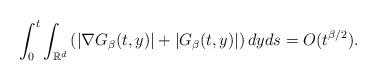
LaTeX: \begin{align*}\int_{0}^{t}\int_{\mathbb{R}^{d}}\left(| \nabla G_{\beta}(t,y)| + |G_{\beta}(t,y)| \right)dy ds = O(t^{\beta/2}).\end{align*}